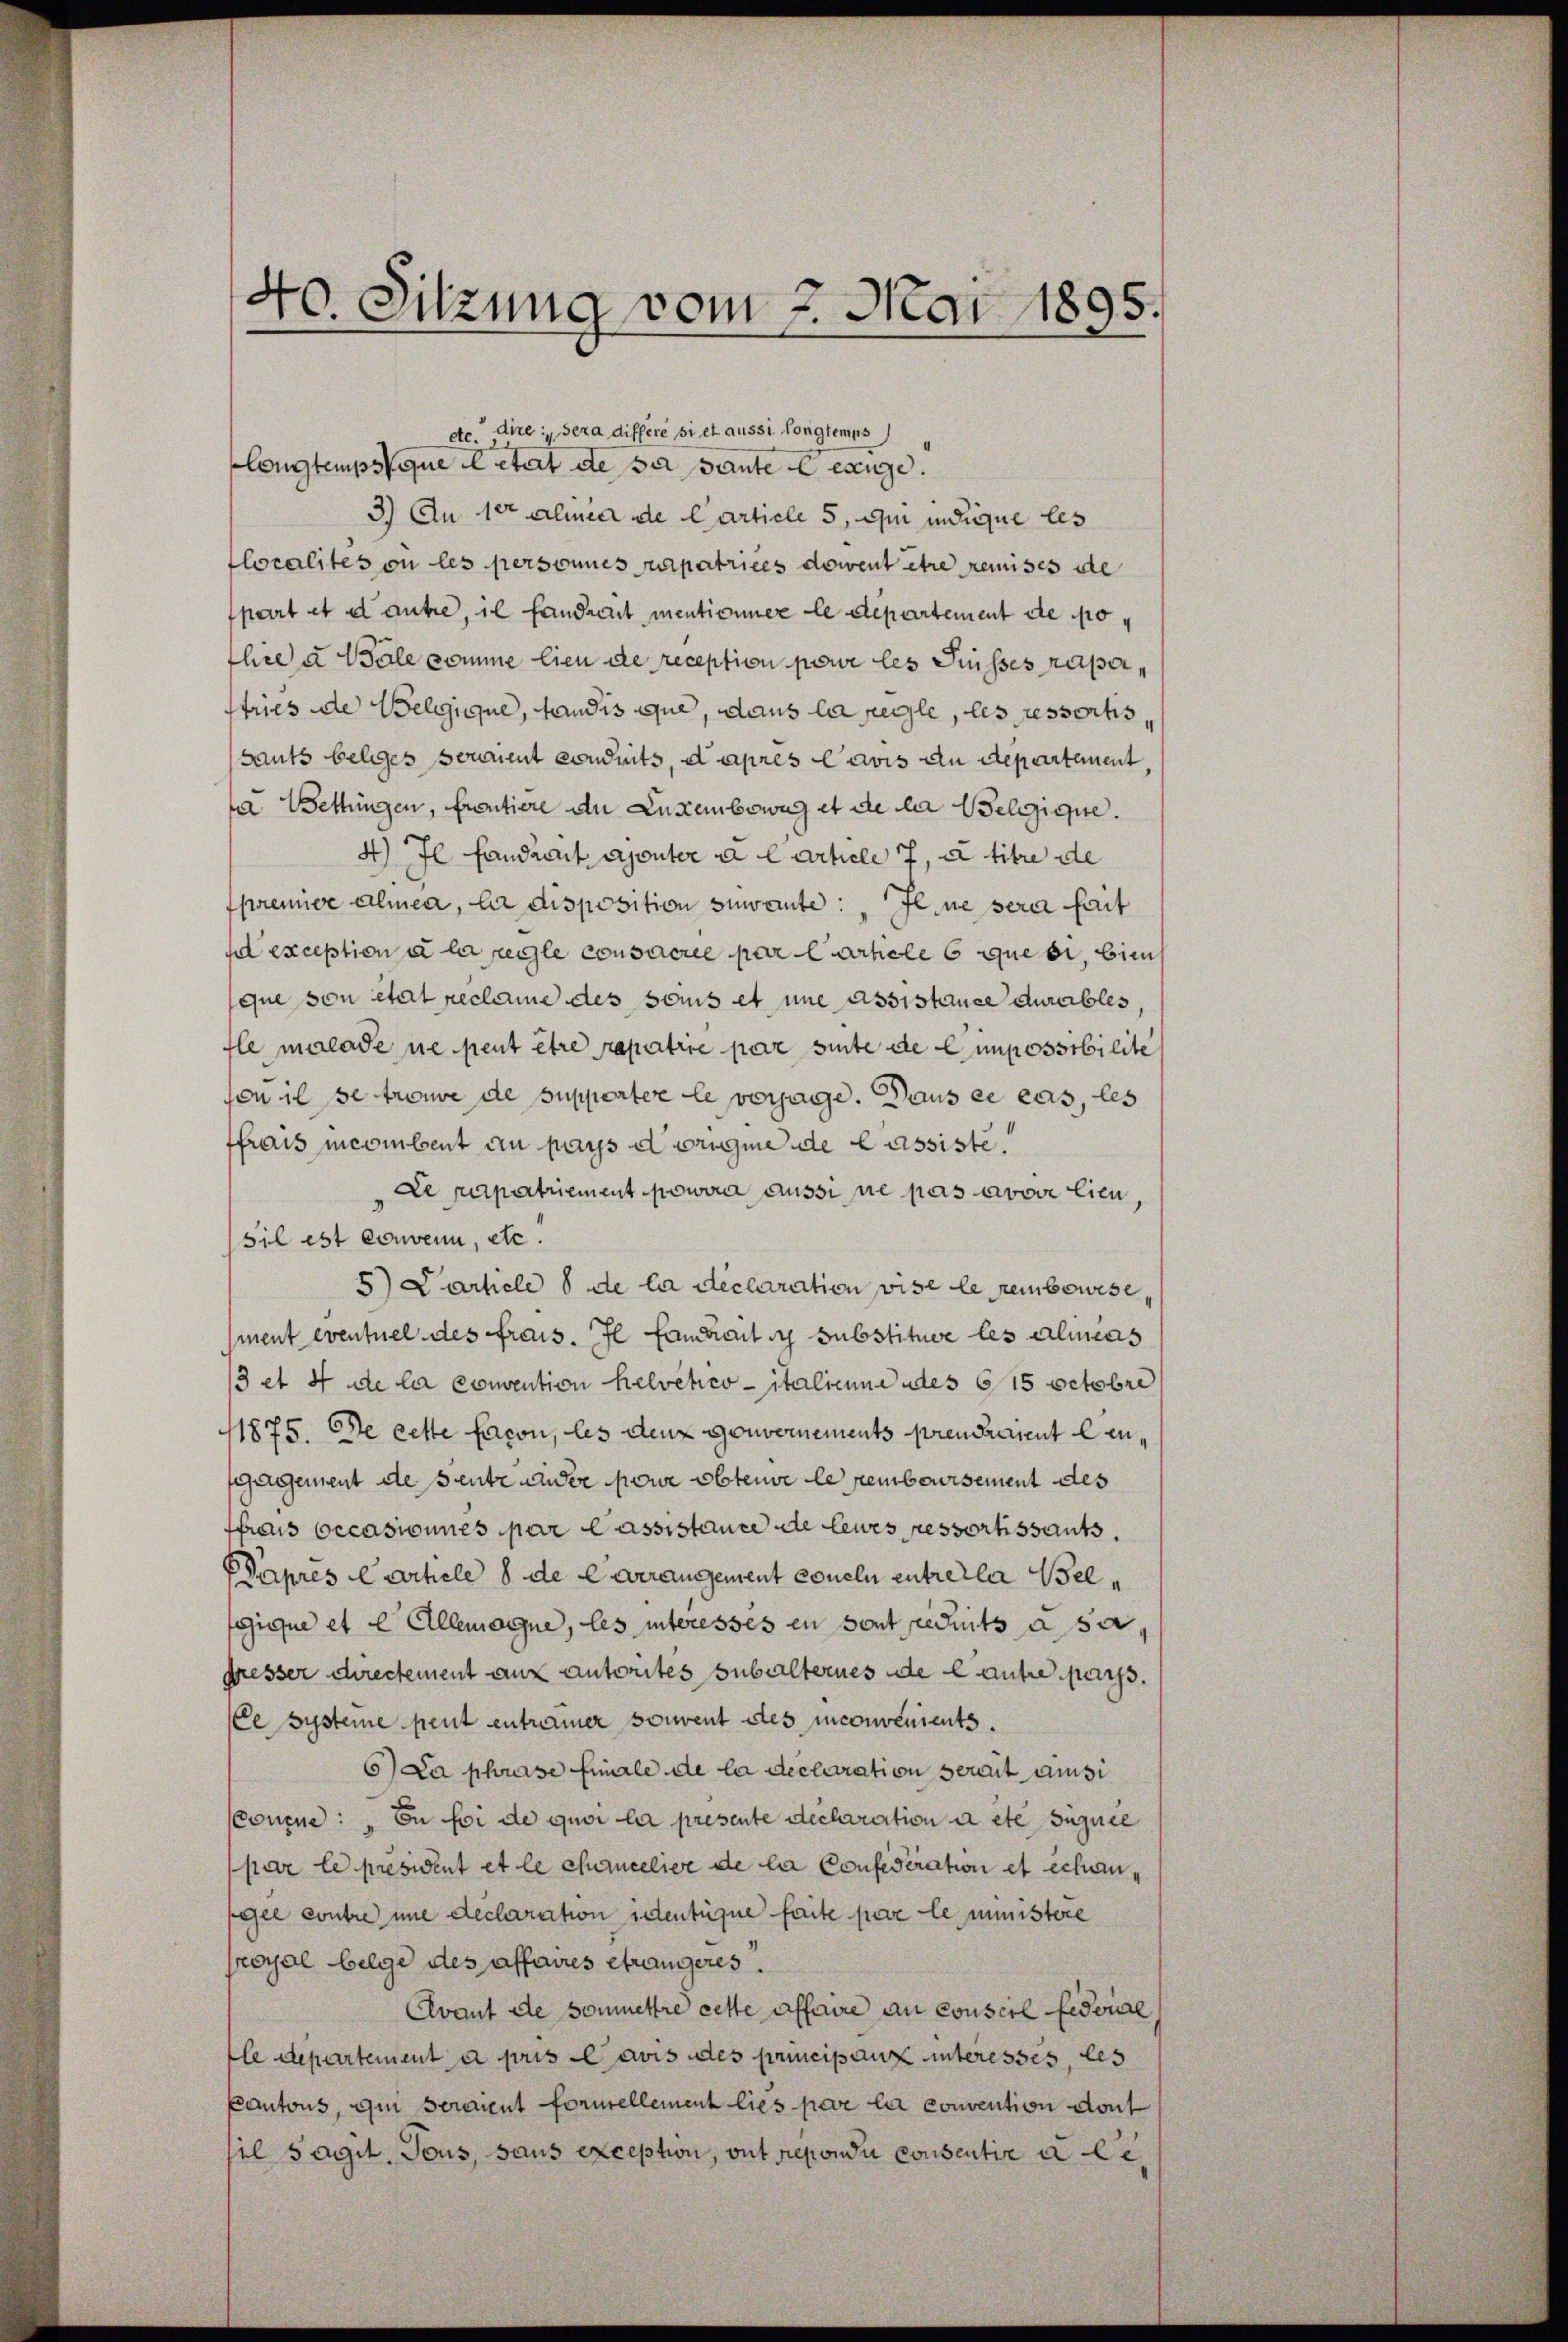
40. Sitzung vom 7. Mai 1895.

etc. dire sera différe si et aussi longtemps
Congtemps que eletert de sei sante exige.
3.) An der Alinea de Carticle 5, an indique les
localités ou les personnes patrices dowent être remises de
fpart et et autre, il fandreut mentionner le departement de polee u. Wale somme lieu de reception perve les Fusses raperstries de Belgique, fandis que, dans la regle, les ressortis,
sauts beleges sonnent conduits, d’après lavis an Repartement
 Wettingen, freutiere de Luxenbeweg et de la delique.
4) Il fandrent ajouter a l article 7, à titre de
prenner almea, la disposition zuwante: „Il ne sera fait
a exception à la regle consacrée par Carticles quebi, bien
que von etat reclame des sous et une Assistance durables,
fle malade ne peut être repatrie par sinte de Cimpossibilite
son il se trouve de supperter le versage. Dans ce cas, les
ffrais incombent au pays d origine de lassiste
Le rapertriement powira aussi ne pas avoir lieu,
sil est convenu, etc.
5) Carticle 8 de la déclaration vise le rembourse
ment eventuel des frais. Il faurait sy substituer les almens
3 et 4 die la convention helvetico italienne des 615 Octobre
1875. Ode cette facon, les den Gouvernements prendraient lansgagement de sentz ander pour obtenve le remboursement des
ffrais occasionnés par lassistance de leurs pessortissants.
Papres Cartiele 8 de Carrangement coneln entretler Wel
gique et l Allemagne, les interesses en sont redits a sa
gresser Directement aux autorites subalternes de lautre pass.
Ce systeme peut entramer souvent des inconvenients.
6) Da phrase finale de la declaration serait ansi
Concue: „En foi de quoi la presente declaration a etc signie
par le président et le chancelive de la Confideration et echangel contre une declaration identique faite pere le ministere
royal belge des affaires étrangeres.
Clvant de soumettre cette affaire au conseil Fideial
le Departement a pris Cavis des principanz interesses, les
Cantons, qui seraient formellement lies par la convention dont
sel sagt. Tous, saus exception, ont repondi Consentie a le